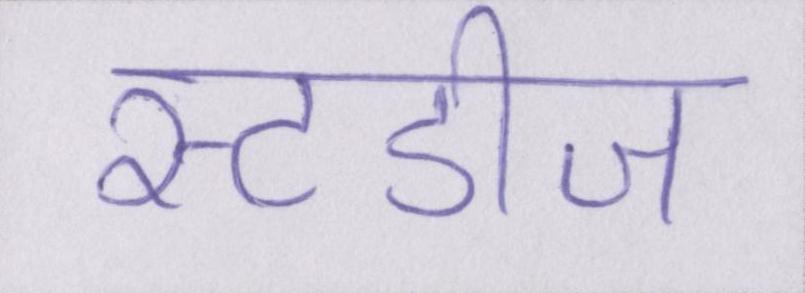
स्टडीज